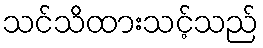
သင်သိထားသင့်သည်